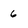
Character: 6